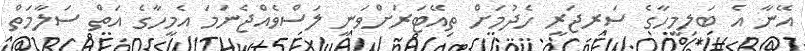
އޭނާ އެ ބަލިމީހާގެ ސަރޖަރީ ހެދުމަށް ތިއޭޓަރަށްވަނީ ލަސްވެއްޖެނަމަ އެމީހާގެ އަތް ސަލާމަތް